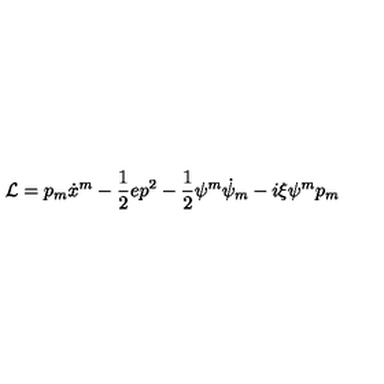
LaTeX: { \cal { L } } = p _ { m } \dot { x } ^ { m } - \frac 1 2 e p ^ { 2 } - \frac 1 2 \psi ^ { m } \dot { \psi } _ { m } - i \xi { \psi ^ { m } } p _ { m }